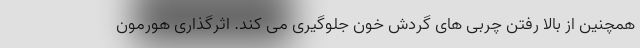
همچنین از بالا رفتن چربی های گردش خون جلوگیری می کند. اثرگذاری هورمون